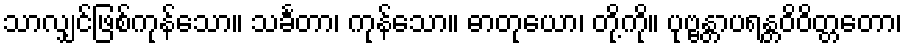
သာလျှင်ဖြစ်ကုန်သော။ သင်္ခတာ၊ ကုန်သော။ ဓာတုယော၊ တို့ကို။ ပုဗ္ဗန္တာပရန္တဝိဝိတ္တတော၊